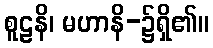
စူဠနိ၊ မဟာနိ-၌ရှိ၏။